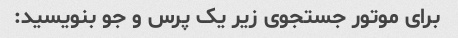
برای موتور جستجوی زیر یک پرس و جو بنویسید: